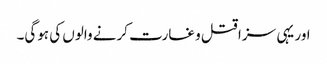
اور یہی سزا قتل و غارت کرنے والوں کی ہوگی۔